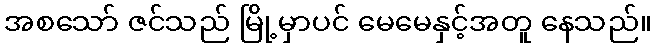
အစသော် ဇင်သည် မြို့မှာပင် မေမေနှင့်အတူ နေသည်။